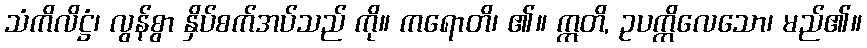
သံကိလိဋ္ဌံ၊ လွန်စွာ နှိပ်စက်အပ်သည် ကို။ ကရောတိ၊ ၏။ ဣတိ, ဥပက္ကိလေသော၊ မည်၏။